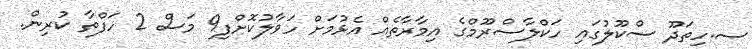
ސ.ހިތަދޫ ސްކޫލުގައި ހަކްލާސްރޫމްގެ އިމާރާތެއް އެޅުމަށް ހަވާލުކޮށްފި9 މަސް 2 ހަފްތާ ކުރިން.